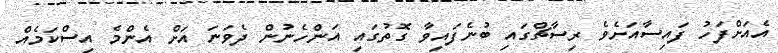
އެއަށްފަހު ފައިސާއަށެވެ ރިސާޗްގައި ބުނެފައިވާ ގޮތުގައި އަންހެނުން ދެވަނަ އަށް އެންމެ އިސްކަމެއް